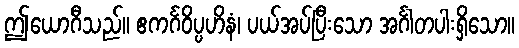
ဤယောဂီသည်။ ဧကင်္ဂဝိပ္ပဟိနံ၊ ပယ်အပ်ပြီးသော အင်္ဂါတပါးရှိသော။